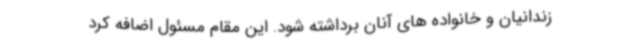
زندانیان و خانواده های آنان برداشته شود. این مقام مسئول اضافه کرد